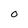
Character: 0